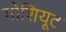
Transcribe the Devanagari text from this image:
गोशियूट